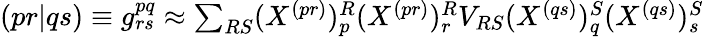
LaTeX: \begin{array}{r}{(pr|qs)\equiv g_{rs}^{pq}\approx\sum_{RS}(X^{(pr)})_{p}^{R}(X^{(pr)})_{r}^{R}V_{RS}(X^{(qs)})_{q}^{S}(X^{(qs)})_{s}^{S}}\end{array}